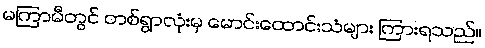
မကြာမီတွင် တစ်ရွာလုံးမှ မောင်းထောင်းသံများ ကြားရသည်။